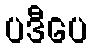
ပဒီပေ